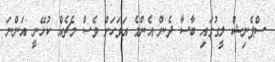
ސްޕެނިޝް ލީގުގައި ބާސާ ދެން އެންމެ އަވަހަށް ވެސް މެޗެއް ކުޅޭނީ އަންނަ